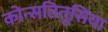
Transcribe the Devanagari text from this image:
कोन्सतितूसिया